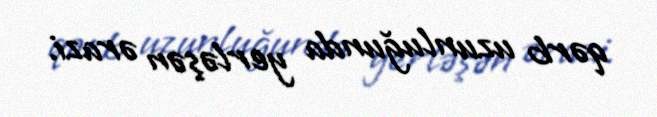
qərb uzunluğunda yerləşən ərazi.